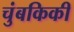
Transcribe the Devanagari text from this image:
चुंबकिकी